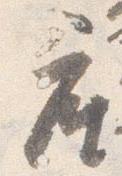
座